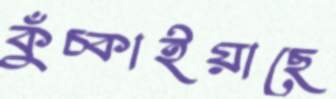
কুঁচ্‌কাইয়াছে